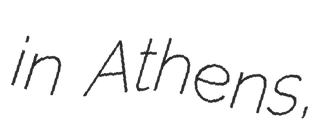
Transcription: in Athens,